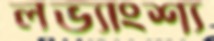
লভ্যাংশ্য